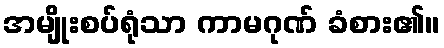
အမျိုးစပ်ရုံသာ ကာမဂုဏ် ခံစား၏။